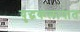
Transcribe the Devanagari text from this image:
युद्धकलापात